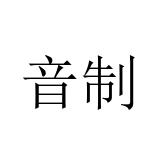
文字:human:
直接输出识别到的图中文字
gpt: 音制